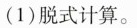
(1)脱式计算。